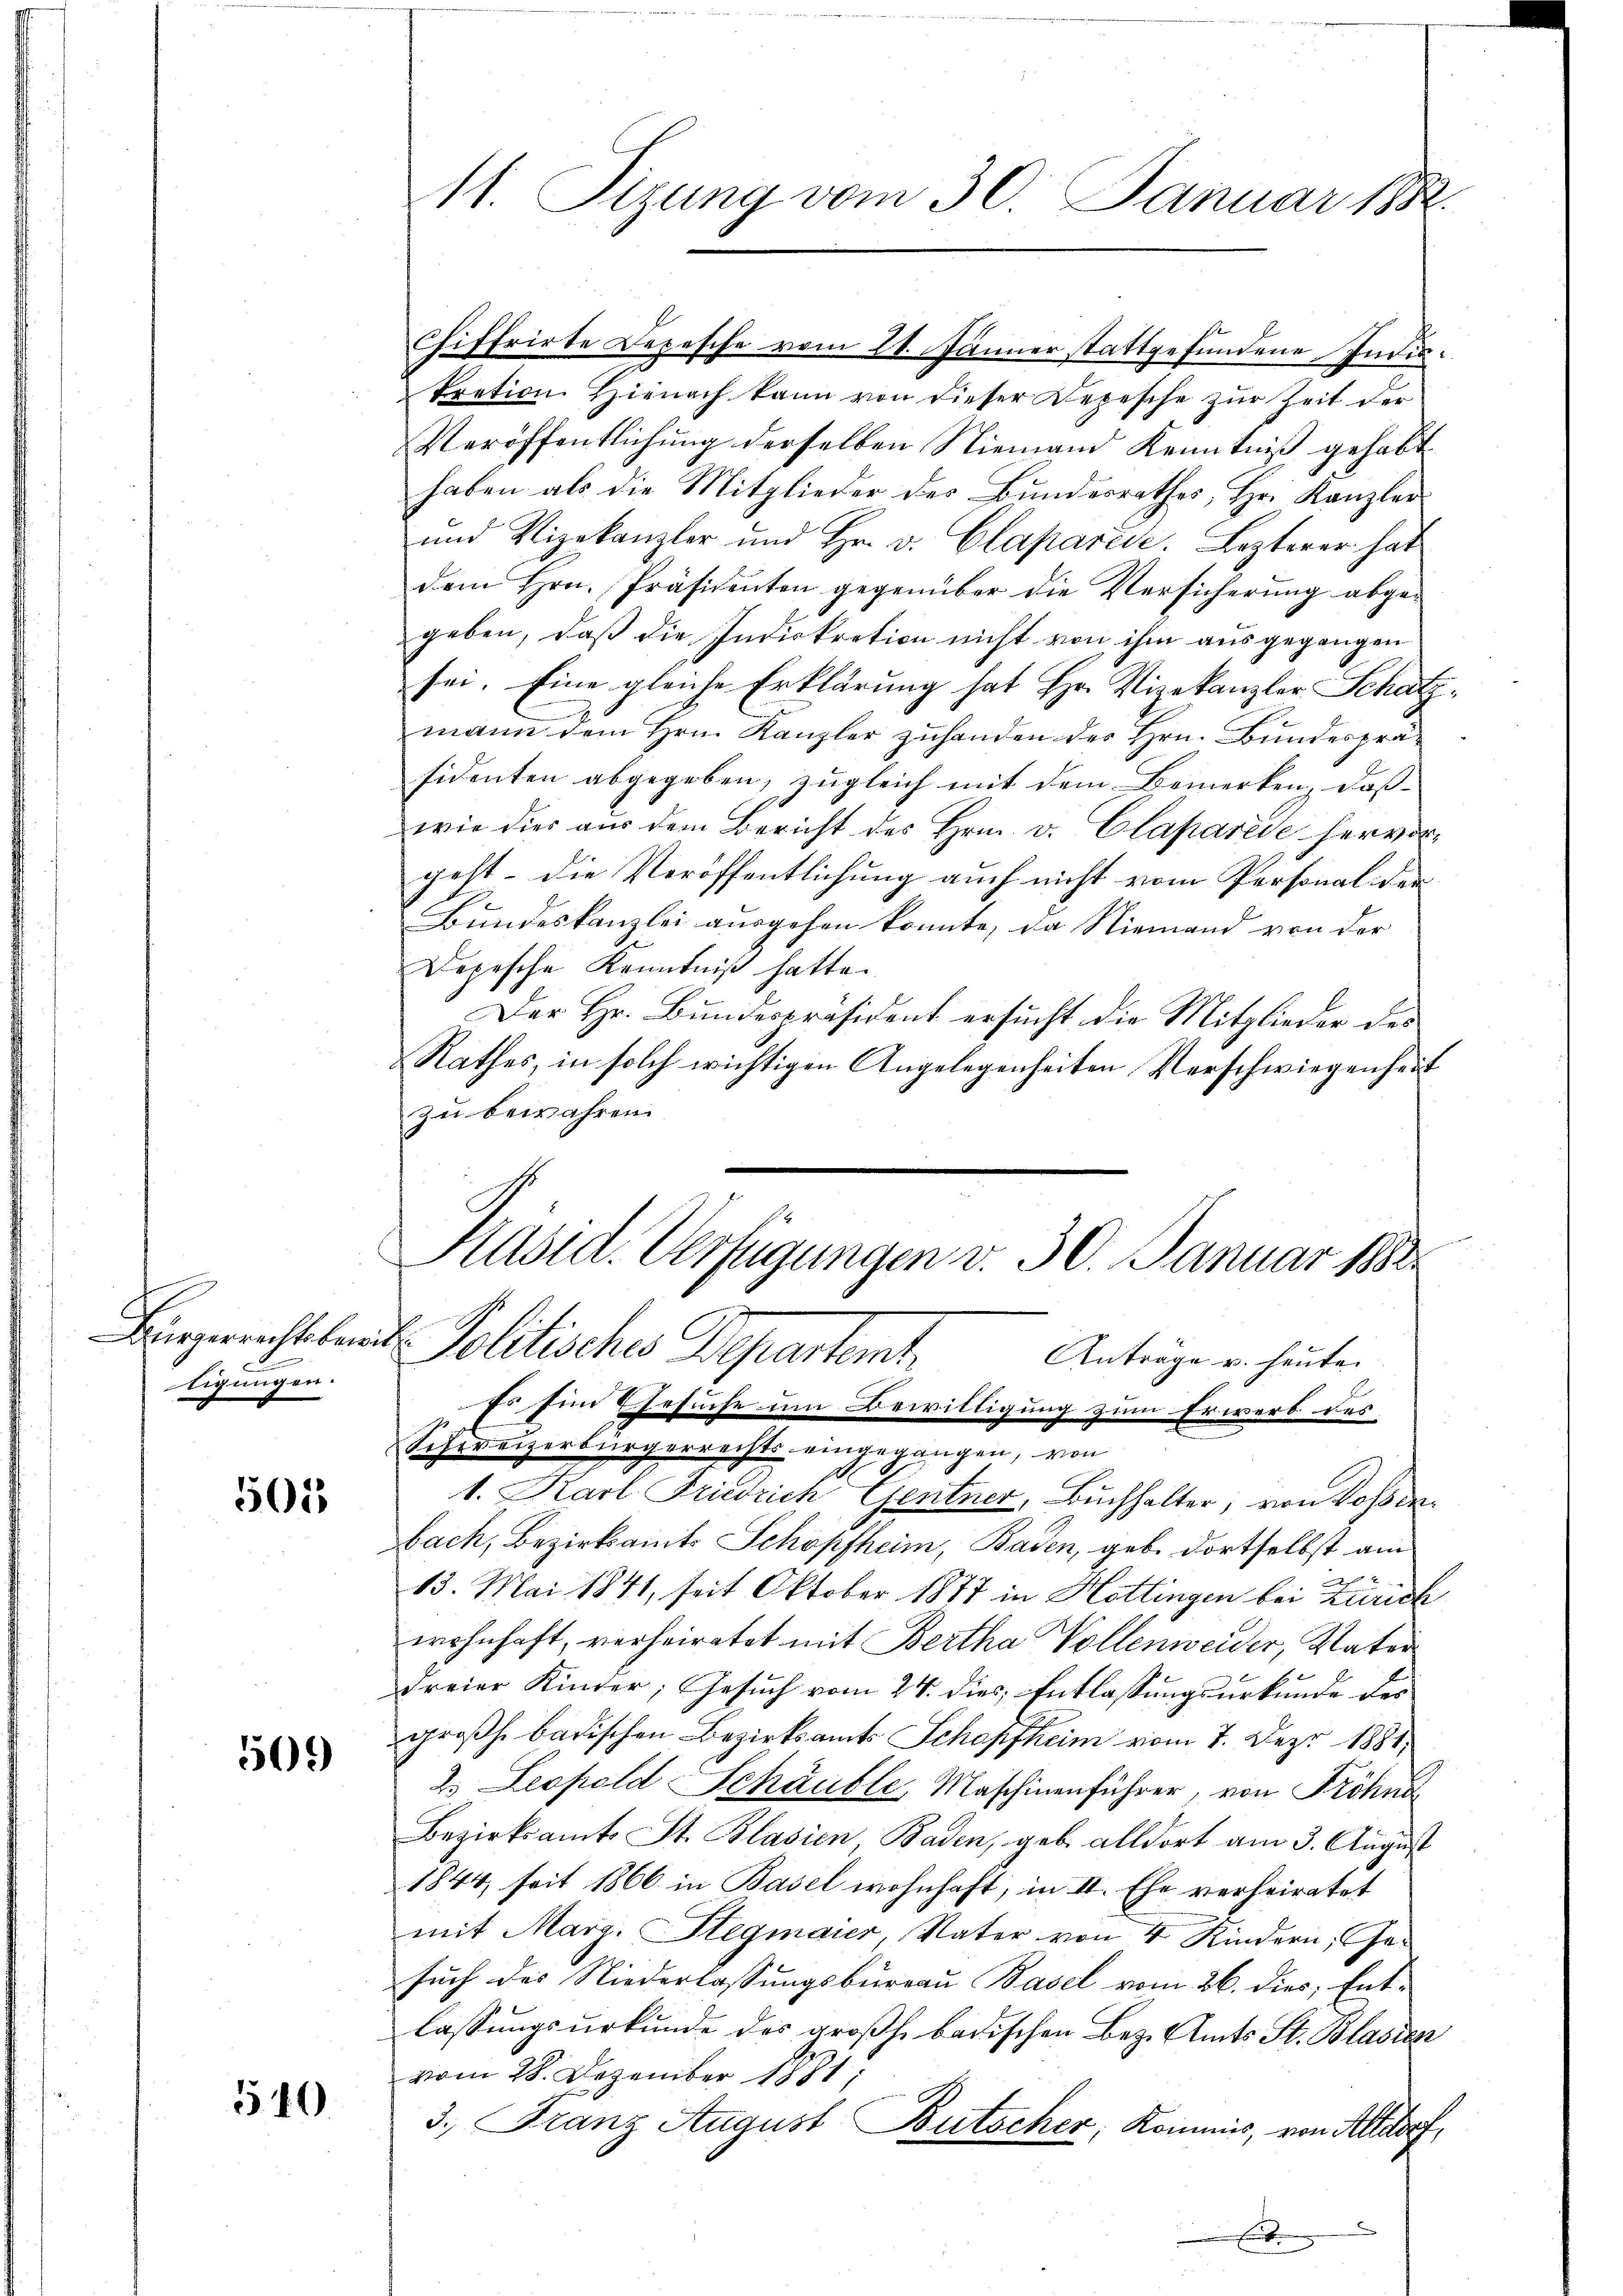
tigungen.

501

509)

540

1. Karl Friwrich Gentner, Buchhalter, von Rossen.
bach, Bezirksamts Schopfheim, Baden, geb. dortselbst am
13. Mai 1871, seit Oktober 1877 in Hottingen bei Zürich
wohnhaft, verheiratet mit Bertha Vollenweider, Vater
dreier Kinder, Gesuch vom 24. dies, Entlassungsurkunde der
großh. badischen Bezirksamts Schopfheim vom 7. Dez. 1881,
2. Leopold Schäuble, Maschinenführer, von Frohnd
Bezirksamts St. Blasien, Baden, geb. alldort am 3. August
1844, seit 1866 in Basel wohnhaft, in II. Ehe verheiratet
mit Marg. Stegmaier, Vater von 4 Kindern, Gesuch des Niederlassungsbureau Basel vom 26. dies; Entlassungsurkunde des großh. badischen Bez. Amts St. Blasien
vom 28. Dezember 1881,
3. Franz August Butscher, Kommis, von Altdorf
.

11. Sizung vom 30. Januar 1882.

Chiffrirte Depesche vom 21. Jänner stattgefundene Indic.
kration Hienach kann von dieser Depesche zŭr Zeit der
Veröffentlichung derselben Niemand Kenntniß gehabt
haben als die Mitglieder des Bundesrathes, Hr. Kanzler
und Vizekanzler und Hr. v. Clapareie. Lezterer hat
dem Hrn. Präsidenten gegenüber die Versicherung abgegeben, daß die Indiokration nicht von ihm ausgegangen
sei. Eine gleiche Erklärung hat Hr. Vizekanzler Schatzmann dem Hrn. Kanzler zuhanden des Hrn. Bundespräsidenten abgegeben, zugleich mit dem Bemerken, daß
wie dies aus dem Bericht des Hrn. v. Claparie hervorgeht – die Veröffentlichung auch nicht vom Personal der
Bundeskanzlei ausgehen konnte, da Niemand von der
Depesche Kenntniß hatte.
Der Hr. Bundespräsident ersucht die Mitglieder des
Rathes, in solch wichtigen Angelegenheiten Verschwiegenheit
zu bewahren.

Käsid. Verfügungen v. 30. Januar 1882.
Bürgerrechtssaat Politisches Departemt,
Anträge u. heute.
E. Ein Ehesuche um Bewilligung zum Erwerb des
Schweizerbürgerrechts eingegangen, von